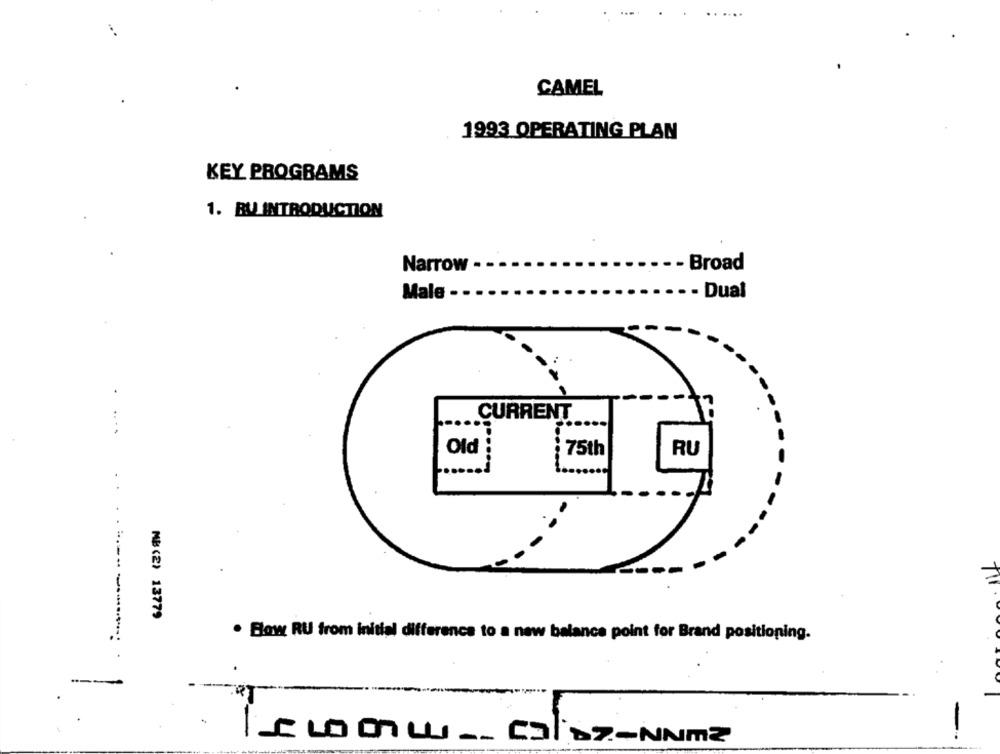
CAMEL
1993 OPERATING PLAN
KEY PROGRAMS
1. BU INTRODUCTION
Narrow -
- Broad
Male -
- Dual
CURRENT
Old
75th
RU
MB (2) 13779
. Bow RU from initial difference to a new balance point for Brand positioning.
----